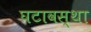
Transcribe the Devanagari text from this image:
घटावस्था